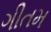
ગીતમ